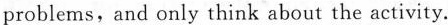
problems, and only think about the activity.